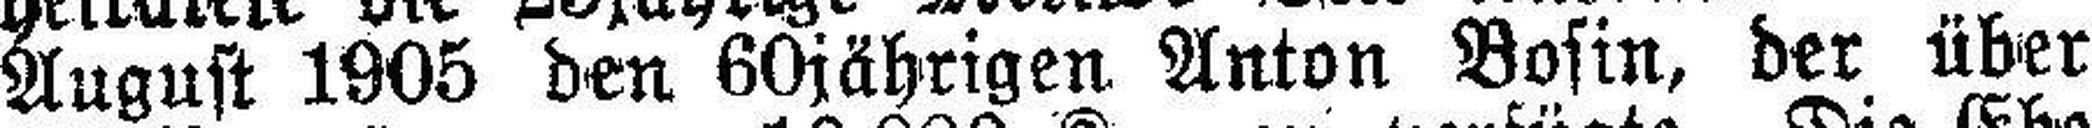
August 1905 den 60jährigen Anton Bosin, der über